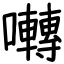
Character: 囀